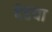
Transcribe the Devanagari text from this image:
वेडया